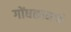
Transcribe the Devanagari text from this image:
गोंधळामध्ये